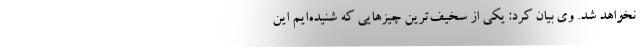
نخواهد شد. وی بیان کرد: یکی از سخیف‌ترین چیزهایی که شنیده‌ایم این